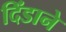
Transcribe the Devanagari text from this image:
दिंडाने